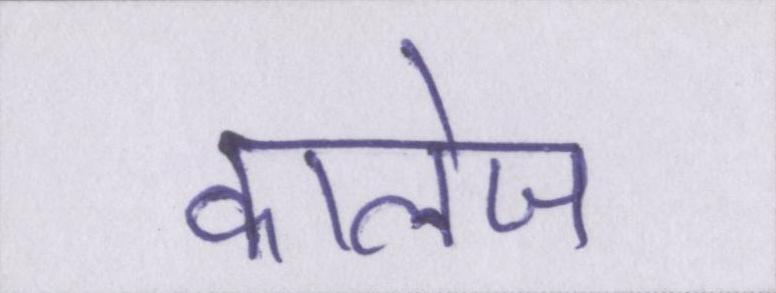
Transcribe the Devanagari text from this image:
कालेज